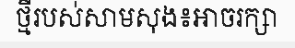
ថ្មីរបស់សាមសុង៖អាចរក្សា